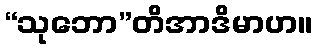
“သုဘော”တိအာဒိမာဟ။